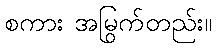
စကား အမြွက်တည်း။